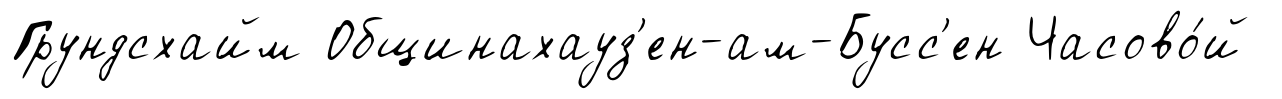
Грундсхайм Общинахауз'ен-ам-Бусс'ен Часово́й